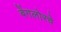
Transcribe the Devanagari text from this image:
बेंगलोरचे